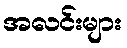
အလင်းများ